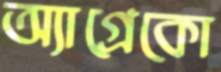
অ্যাগ্রেকো